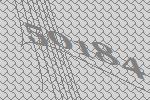
50184